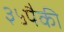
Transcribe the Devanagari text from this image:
३५पैकी